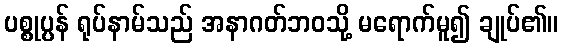
ပစ္စုပ္ပန် ရုပ်နာမ်သည် အနာဂတ်ဘဝသို့ မရောက်မူ၍ ချုပ်၏။